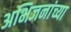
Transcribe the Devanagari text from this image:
अभिजनांच्या